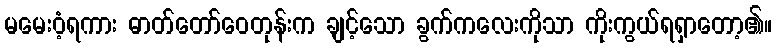
မမေးဝံ့ရကား ဓာတ်တော်ဝေတုန်းက ချင့်သော ခွက်ကလေးကိုသာ ကိုးကွယ်ရရှာတော့၏။